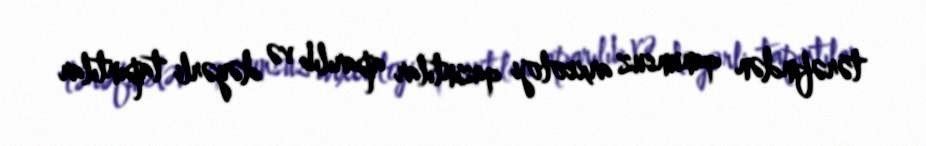
tərəfindən qanunsuz arxeoloji qazıntılar aparılıb və dəyərli tapıntılar